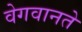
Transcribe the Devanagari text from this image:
वेगवानते